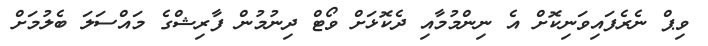
ވިޕް ނެރެފައިވަނިކޮށް އެ ނިންމުމާއި ދެކޮޅަށް ވޯޓް ދިނުމުން ފާރިޝްގެ މައްސަލަ ބެލުމަށް